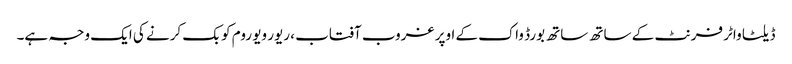
ڈیلٹا واٹر فرنٹ کے ساتھ ساتھ بورڈ واک کے اوپر غروب آفتاب ، ریور ویو روم کو بک کرنے کی ایک وجہ ہے۔